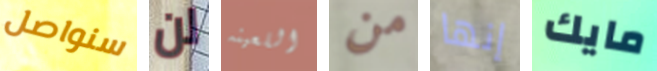
سنواصل لن اللعينه من إنها مايك